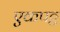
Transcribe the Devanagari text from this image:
एकपट्ट